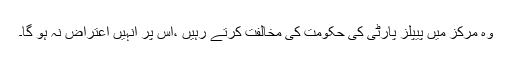
وہ مرکز میں پیپلز پارٹی کی حکومت کی مخالفت کرتے رہیں ،اس پر انہیں اعتراض نہ ہو گا۔